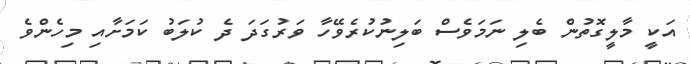
އަކީ މާލީގޮތުން ބެލި ނަމަވެސް ބަލިނުކުރެވޭހާ ވަރުގަދަ ދެ ކުލަބު ކަމަށާއި މިހެންވެ